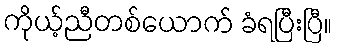
ကိုယ့်ညီတစ်ယောက် ခံရပြီးပြီ။